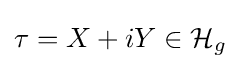
\tau =X+iY\in {\mathcal {H}}_{g}